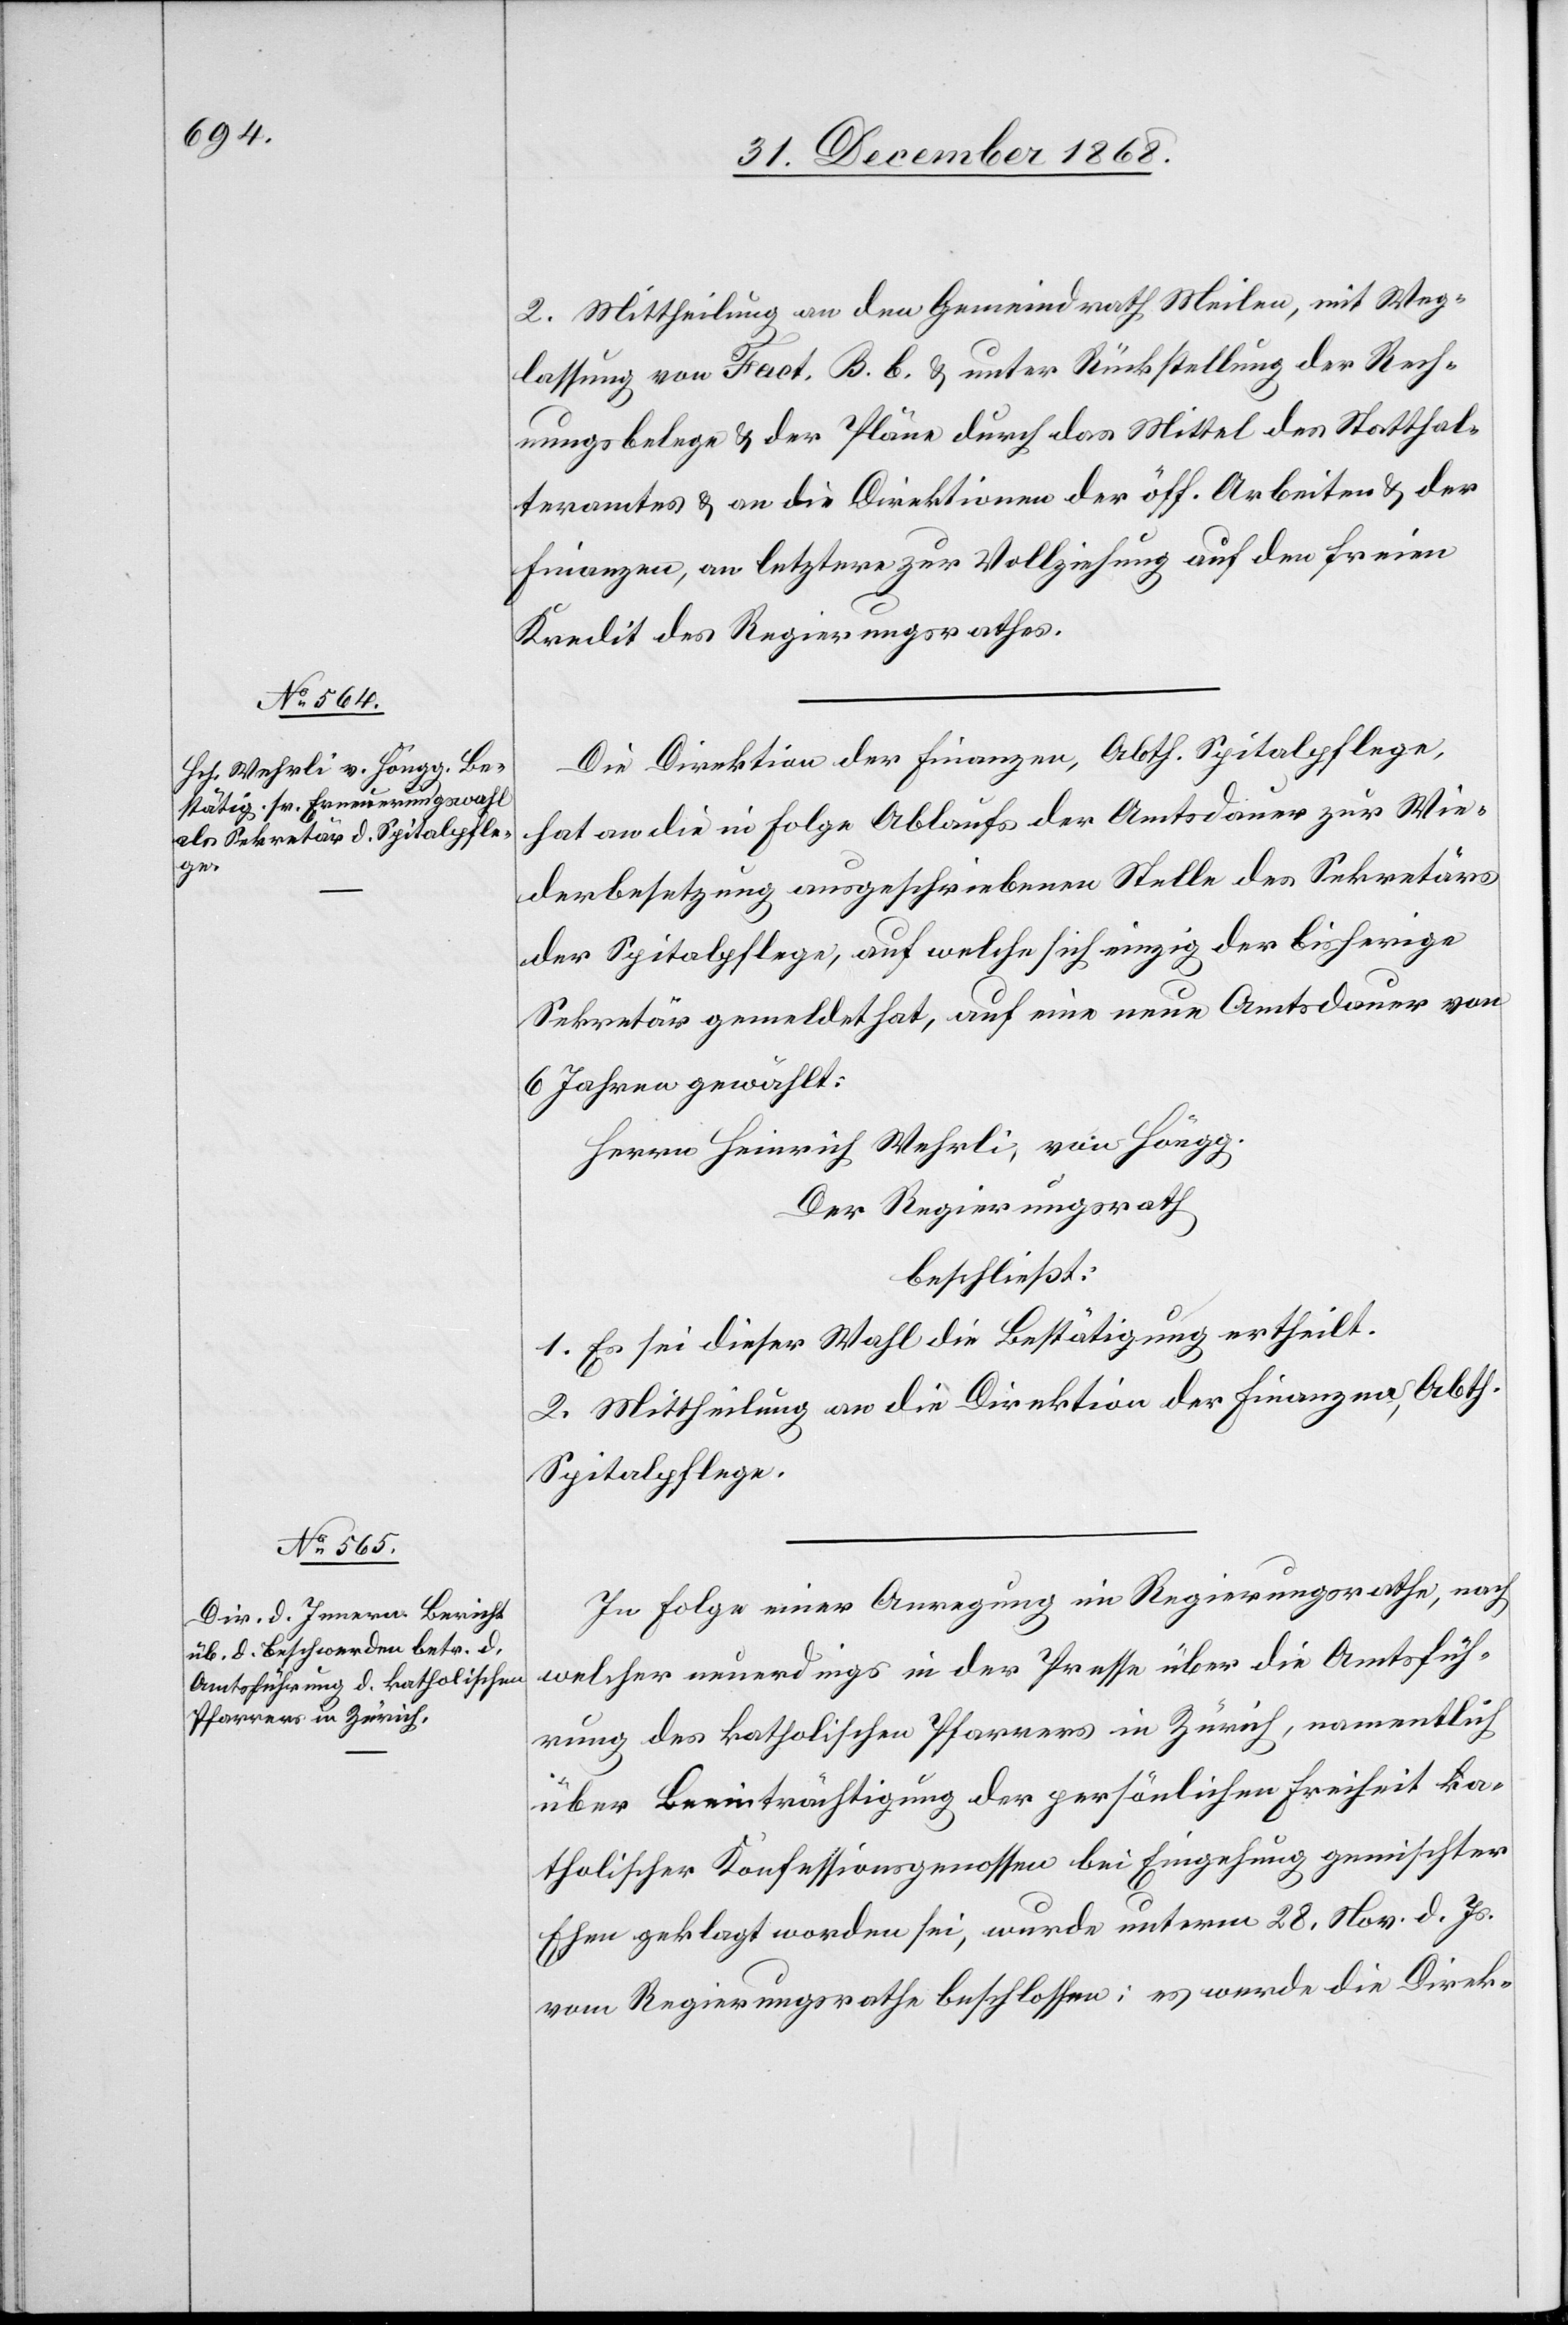
2. Mittheilung an den Gemeindrath Meilen, mit Weg¬
lassung von Fact. B. b. & unter Rückstellung der Rech¬
nungsbelege & der Pläne durch das Mittel des Statthal¬
teramtes & an die Direktionen der öff. Arbeiten & der
Finanzen, an letztere zur Vollziehung auf den freien
Kredit des Regierungsrathes.
Die Direktion der Finanzen, Abth. Spitalpflege,
hat an die in Folge Ablaufs der Amtsdauer zur Wie¬
derbesetzung ausgeschriebenen Stelle des Sekretärs
der Spitalpflege, auf welche sich einzig der bisherige
Sekretär gemeldet hat, auf eine neue Amtsdauer von
6 Jahren gewählt:
Herrn Heinrich Wehrli, von Höngg.
Der Regierungsrath
beschließt:
1. Es sei dieser Wahl die Bestätigung ertheilt.
2. Mittheilung an die Direktion der Finanzen, Abth.
Spitalpflege.
In Folge einer Anregung im Regierungsrathe, nach
welcher neuerdings in der Presse über die Amtsfüh¬
rung des katholischen Pfarrers in Zürich, namentlich
über Beeinträchtigung der persönlichen Freiheit ka¬
tholischer Konfessionsgenossen bei Eingehung gemischter
Ehen geklagt worden sei, wurde unterm 28. Nov. d. Js.
vom Regierungsrathe beschlossen: es werde die Direk-